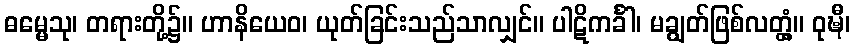
ဓမ္မေသု၊ တရားတို့၌။ ဟာနိယေဝ၊ ယုတ်ခြင်းသည်သာလျှင်။ ပါဋိကင်္ခါ၊ မချွတ်ဖြစ်လတ္တံ့။ ဝုဍ္ဎီ၊